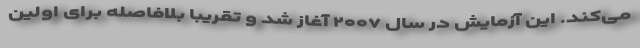
می‌کند. این آزمایش در سال ۲۰۰۷ آغاز شد و تقریباً بلافاصله برای اولین